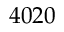
4 0 2 0